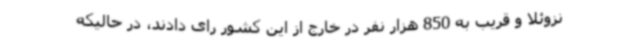
نزوئلا و قریب به 850 هزار نفر در خارج از این کشور رای دادند، در حالیکه